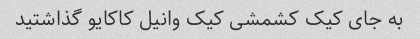
به جای کیک کشمشی کیک وانیل کاکایو گذاشتید